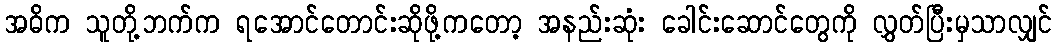
အဓိက သူတို့ဘက်က ရအောင်တောင်းဆိုဖို့ကတော့ အနည်းဆုံး ခေါင်းဆောင်တွေကို လွှတ်ပြီးမှသာလျှင်